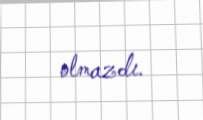
olmazdı.